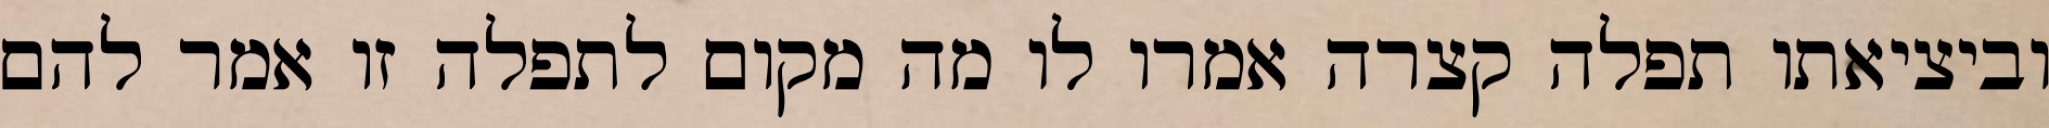
וביציאתו תפלה קצרה אמרו לו מה מקום לתפלה זו אמר להם